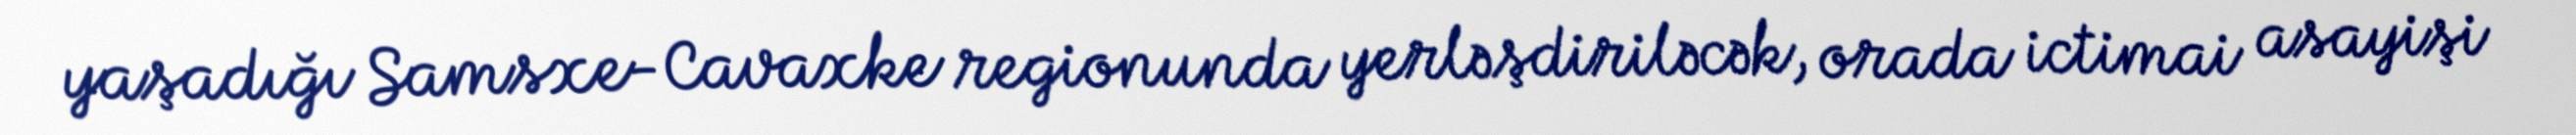
yaşadığı Samsxe-Cavaxke regionunda yerləşdiriləcək, orada ictimai asayişi